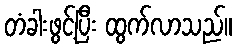
တံခါးဖွင့်ပြီး ထွက်လာသည်။